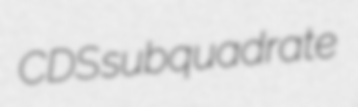
CDS subquadrate